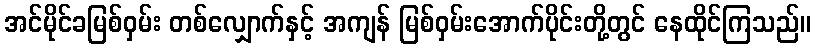
အင်မိုင်ခမြစ်ဝှမ်း တစ်လျှောက်နှင့် အကျန် မြစ်ဝှမ်းအောက်ပိုင်းတို့တွင် နေထိုင်ကြသည်။